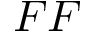
F F